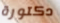
دكتورة